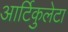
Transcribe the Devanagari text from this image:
आर्टिकुलेटा